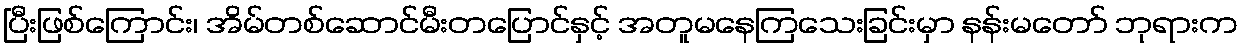
ပြီးဖြစ်ကြောင်း၊ အိမ်တစ်ဆောင်မီးတပြောင်နှင့် အတူမနေကြသေးခြင်းမှာ နန်းမတော် ဘုရားက